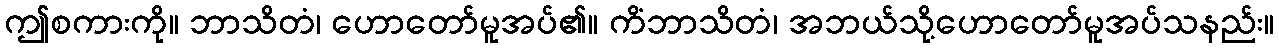
ဤစကားကို။ ဘာသိတံ၊ ဟောတော်မူအပ်၏။ ကိံဘာသိတံ၊ အဘယ်သို့ဟောတော်မူအပ်သနည်း။